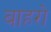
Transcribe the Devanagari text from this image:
बाहरो